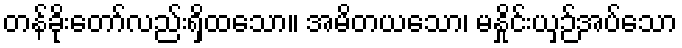
တန်ခိုးတော်လည်းရှိထသော။ အမိတယသော၊ မနှိုင်းယှဉ်အပ်သော